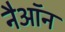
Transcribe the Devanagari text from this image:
नैऑन